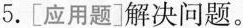
5.[应用题]解决问题。